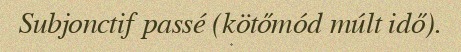
Subjonctif passé (kötőmód múlt idő).